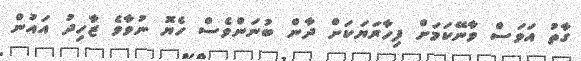
ގާތު އަވަސް ވާނޭކަމަށް ފިހާރަޔަކަށް ދާން ބުނަންވެސް ހެޔޮ ނުވާވެ ޒާހިދު އައުން